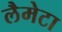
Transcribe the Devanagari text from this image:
लैमेटा